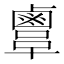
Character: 𪉫